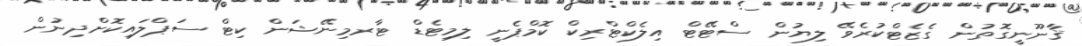
ޤާނޫނީގޮތުން ގެޒެޓްކުރެވޭ ލިޔުން ސްޓޭޓް އިލެކްޓްރިކް ކޮމްޕެނީ ލިމިޓެޑް ޓާރމިނޭޝަން ކިޓް ސަޕްލައިކޮށްދިނުން